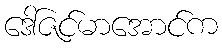
ဒေါ်ဇင်မာအောင်က